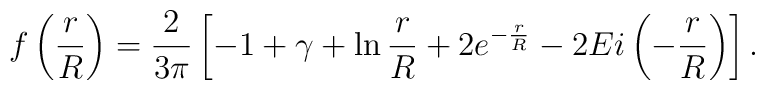
f\left(\frac{r}{R}\right) = \frac{2}{3\pi}\left[-1 + \gamma + \ln \frac{r}{R} + 2 e^{-\frac{r}{R}}       -2 Ei\left(-\frac{r}{R}\right) \right].